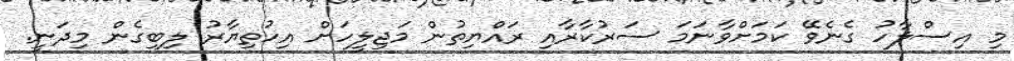
މި އިސްލާހު ގެނެވޭ ކަމަށްވާނަމަ ސަރުކާރާއި ރައްޔިތުން މަޖިލީހަށް އިހުތިޔާރު ލިބިގެން މިދަނީ.